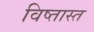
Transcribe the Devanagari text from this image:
विष्तास्त